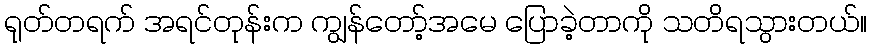
ရုတ်တရက် အရင်တုန်းက ကျွန်တော့်အမေ ပြောခဲ့တာကို သတိရသွားတယ်။